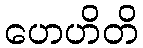
ဟေဟိတိ